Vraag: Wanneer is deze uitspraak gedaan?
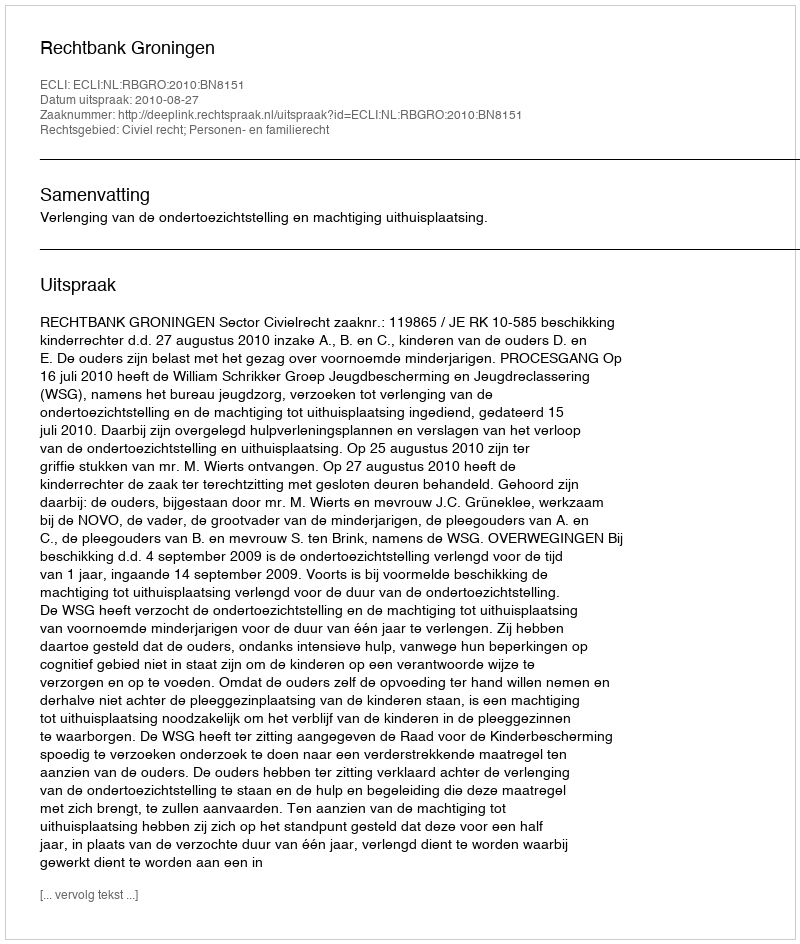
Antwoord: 2010-08-27